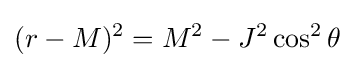
(r-M)^{2}=M^{2}-J^{2}\cos ^{2}\theta